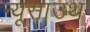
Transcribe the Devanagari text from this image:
न्यूसाउथ